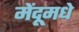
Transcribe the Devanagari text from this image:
मेंदूमधे